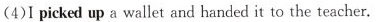
(4)I picked up a wallet and handed it to the teacher.